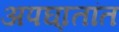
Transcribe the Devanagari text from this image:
अपघा्तांत